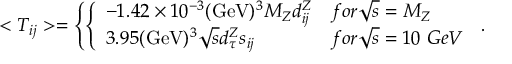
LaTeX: < T _ { i j } > = \left\{ \left\{ \begin{array} { l l } { { - 1 . 4 2 \times 1 0 ^ { - 3 } ( \mathrm { G e V } ) ^ { 3 } M _ { Z } d _ { i j } ^ { Z } } } & { { f o r \sqrt { s } = M _ { Z } } } \\ { { 3 . 9 5 ( \mathrm { G e V } ) ^ { 3 } \sqrt { s } d _ { \tau } ^ { Z } s _ { i j } } } & { { f o r \sqrt { s } = 1 0 ~ G e V } } \end{array} \right. \right. .